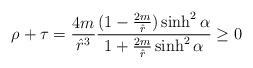
LaTeX: \begin{align*}\rho + \tau = \frac{4m}{{\hat r}^{3}} \frac{(1-\frac{2m}{\hat r})\sinh^{2}\alpha}{1+\frac{2m}{\hat r}\sinh^{2}\alpha} \ge 0\end{align*}